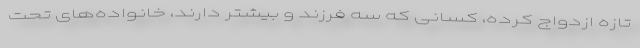
تازه ازدواج کرده، کسانی که سه فرزند و بیشتر دارند، خانواده‌های تحت